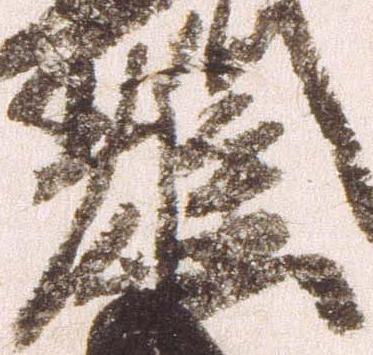
雄